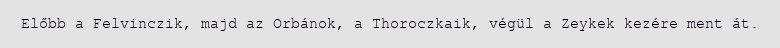
Előbb a Felvinczik, majd az Orbánok, a Thoroczkaik, végül a Zeykek kezére ment át.